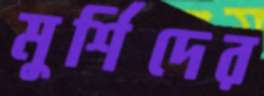
মুর্শিদের